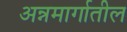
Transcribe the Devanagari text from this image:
अन्नमार्गातील